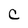
Character: C